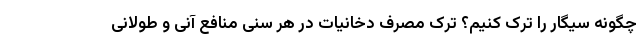
چگونه سیگار را ترک کنیم؟ ترک مصرف دخانیات در هر سنی منافع آنی و طولانی